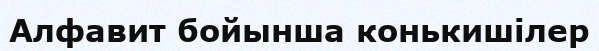
Алфавит бойынша конькишілер